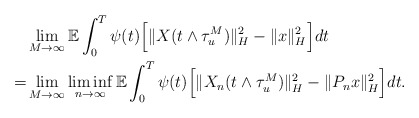
\begin{align*}& \lim_{M\rightarrow\infty}\mathbb{E} \int_0^T \psi(t) \Big[ \Vert X (t\wedge\tau_u^M) \Vert_H^2 - \Vert x \Vert_H^2 \Big] dt \\= & \lim_{M\rightarrow\infty}\liminf_{n\rightarrow\infty} \mathbb{E} \int_0^T \psi(t) \Big[ \Vert X_n (t\wedge\tau_u^M) \Vert_H^2 - \Vert P_n x \Vert_H^2 \Big] dt .\end{align*}